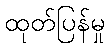
ထုတ်ပြန်မှု